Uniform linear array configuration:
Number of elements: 8
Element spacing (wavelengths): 0.5
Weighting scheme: kaiser
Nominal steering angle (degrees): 45
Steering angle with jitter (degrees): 46.355
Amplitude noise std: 0.05
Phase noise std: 0.05

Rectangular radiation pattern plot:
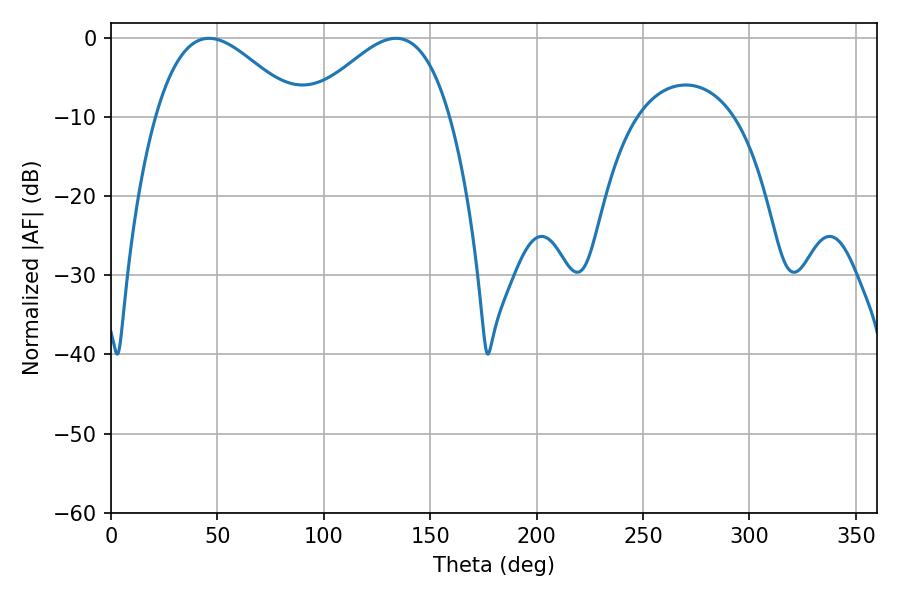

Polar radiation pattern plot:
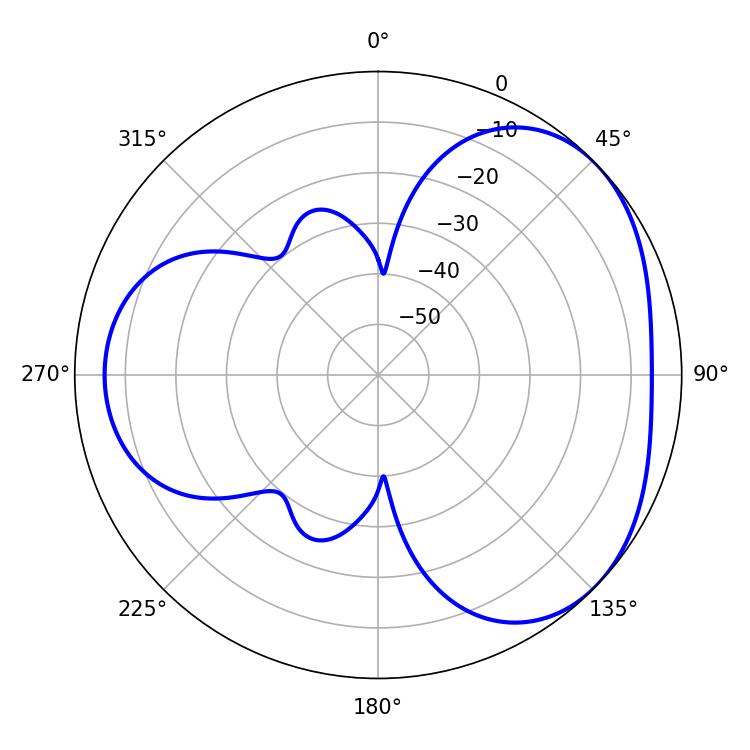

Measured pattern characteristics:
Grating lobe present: FALSE
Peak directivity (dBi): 3.583
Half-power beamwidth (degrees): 36
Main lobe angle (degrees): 46.08